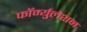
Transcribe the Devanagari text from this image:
फॉर्म्युलेशन